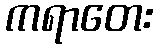
ကရာတေး